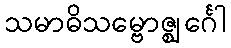
သမာဓိသမ္ဗောဇ္ဈင်္ဂေါ